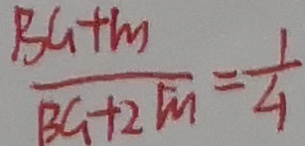
\frac { B G + m } { B G + 2 m } = \frac { 1 } { 4 }